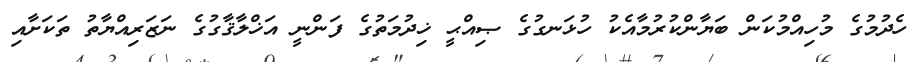
ހެދުމުގެ މުހިއްމުކަން ބަޔާންކުރުމާއެކު ހުޅަނގުގެ ޞިއްޙީ ޚިދުމަތުގެ ފަންނީ އަޚްލާޤާގުގެ ނަޒަރިއްޔާތު ތަކަށާއި